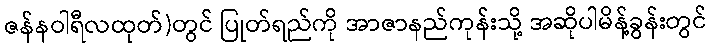
ဇန်နဝါရီလထုတ်)တွင် ပြုတ်ရည်ကို အာဇာနည်ကုန်းသို့ အဆိုပါမိန့်ခွန်းတွင်